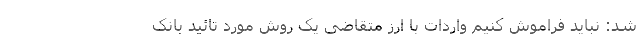
شد: نباید فراموش کنیم واردات با ارز متقاضی یک روش مورد تائید بانک